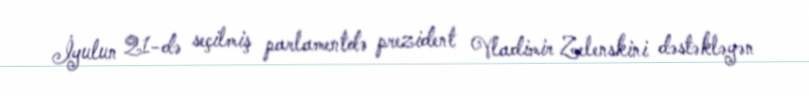
İyulun 21-də seçilmiş parlamentdə prezident Vladimir Zelenskini dəstəkləyən